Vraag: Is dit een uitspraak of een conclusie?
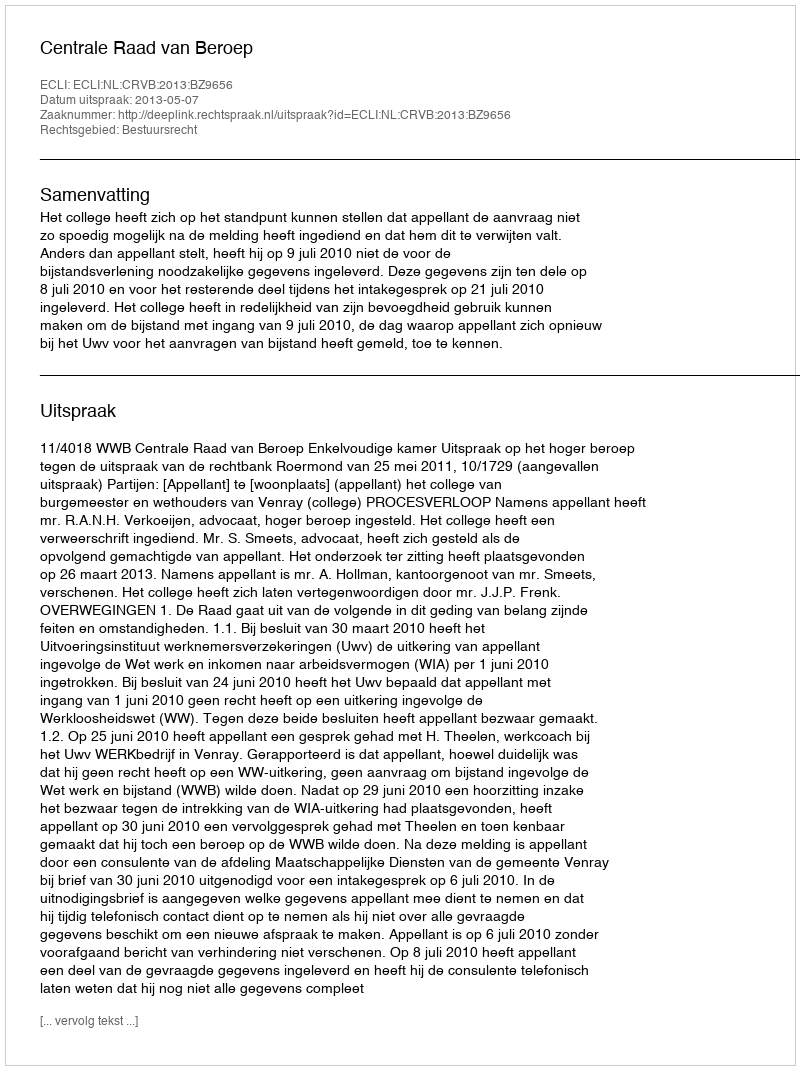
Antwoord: Uitspraak